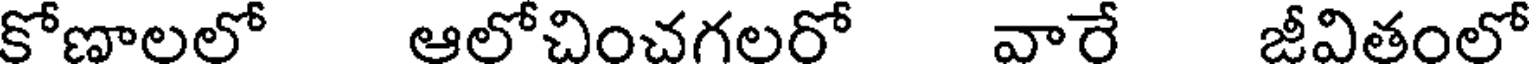
కోణాలలో ఆలోచించగలరో వారే జీవితంలో